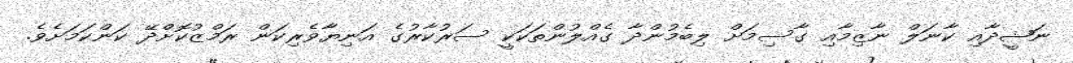
ނަޝީދާއި ކާނަލް ނާޒިމާއި ގާސިމަށް ލިބެމުންދާ ގެއްލުންތަކަކީ ސަރުކާރުގެ އަނިޔާވެރިކަން ރަމްޒުކޮށްދޭ ކަންކަމަށެވެ.